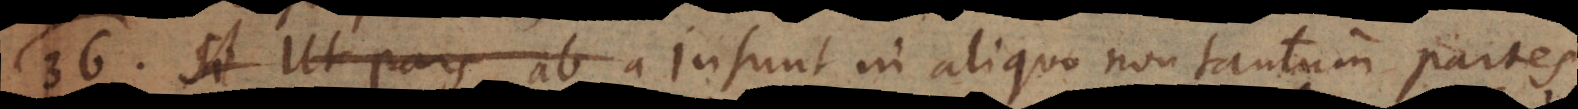
36) Si Ut pars ab a Insunt in aliquo non tantum partes